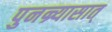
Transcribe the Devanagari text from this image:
पुनन्र्यासात्